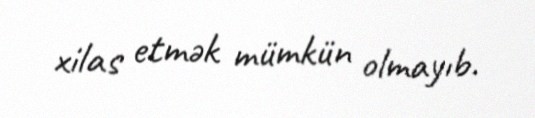
xilas etmək mümkün olmayıb.